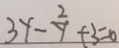
3 y - \frac { 2 } { y } + 3 = 0